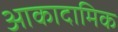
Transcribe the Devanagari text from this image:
आकादामिक